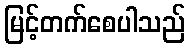
မြင့်တက်စေပါသည်